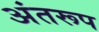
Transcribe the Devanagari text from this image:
अंतरूप